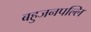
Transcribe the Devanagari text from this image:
बहुजनपल्लि